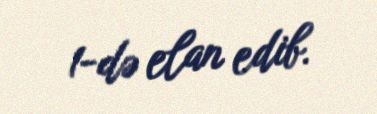
1-də elan edib.